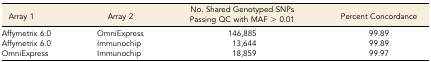
<table><thead><tr><td><b>Array 1</b></td><td><b>Array 2</b></td><td><b>No. Shared Genotyped SNPs Passing QC with MAF &gt; 0.01</b></td><td><b>Percent Concordance</b></td></tr></thead><tbody><tr><td>Affymetrix 6.0</td><td>OmniExpress</td><td>146,885</td><td>99.89</td></tr><tr><td>Affymetrix 6.0</td><td>Immunochip</td><td>13,644</td><td>99.89</td></tr><tr><td>OmniExpress</td><td>Immunochip</td><td>18,859</td><td>99.97</td></tr></tbody></table>